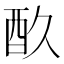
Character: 𮠘